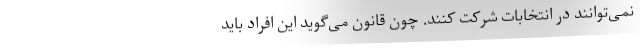
نمی‌توانند در انتخابات شرکت کنند. چون قانون می‌گوید این افراد باید